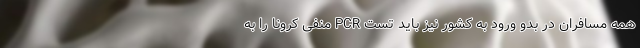
همه مسافران در بدو ورود به کشور نیز باید تست PCR منفی کرونا را به